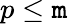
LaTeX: p\leq\mathtt{m}